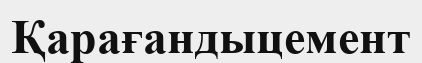
Қарағандыцемент